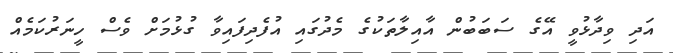
އަދި ވިދާޅުވީ އޭގެ ސަބަބުން އާއިލާތަކުގެ މެދުގައި އުފެދިފައިވާ ގުޅުމަށް ވެސް ހީނަރުކަމެއް